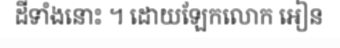
ដីទាំងនោះ ។ ដោយឡែកលោក អៀន